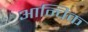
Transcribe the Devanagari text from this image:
आन्चिक